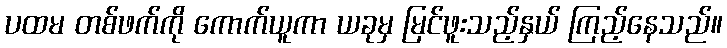
ပထမ တစ်ဖက်ကို ကောက်ယူကာ ယခုမှ မြင်ဖူးသည့်နှယ် ကြည့်နေသည်။